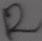
Text: R